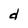
Character: d